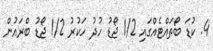
4. ކުޑަ ބޯތައްޓެއްގައި 1/2 ޖޯޑު ހުދު ހަކުރު 1/2 ޖޯޑު ބްރައުން